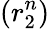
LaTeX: (r_{2}^{n})